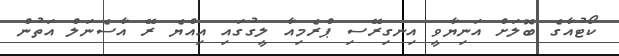
ކޯޓުއާގެ ބޮލަށް އަނިޔާވީ އިނގިރޭސި ޕްރެމިއާ ލީގުގައި އިއްޔެ ރޭ އާސެނަލް އަތުން